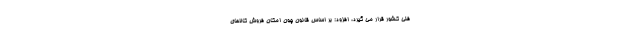
فنی کشور قرار می گیرد، افزود: بر اساس قانون چون امکان فروش کالاهای